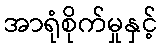
အာရုံစိုက်မှုနှင့်